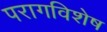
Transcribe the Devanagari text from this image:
परागविशेष